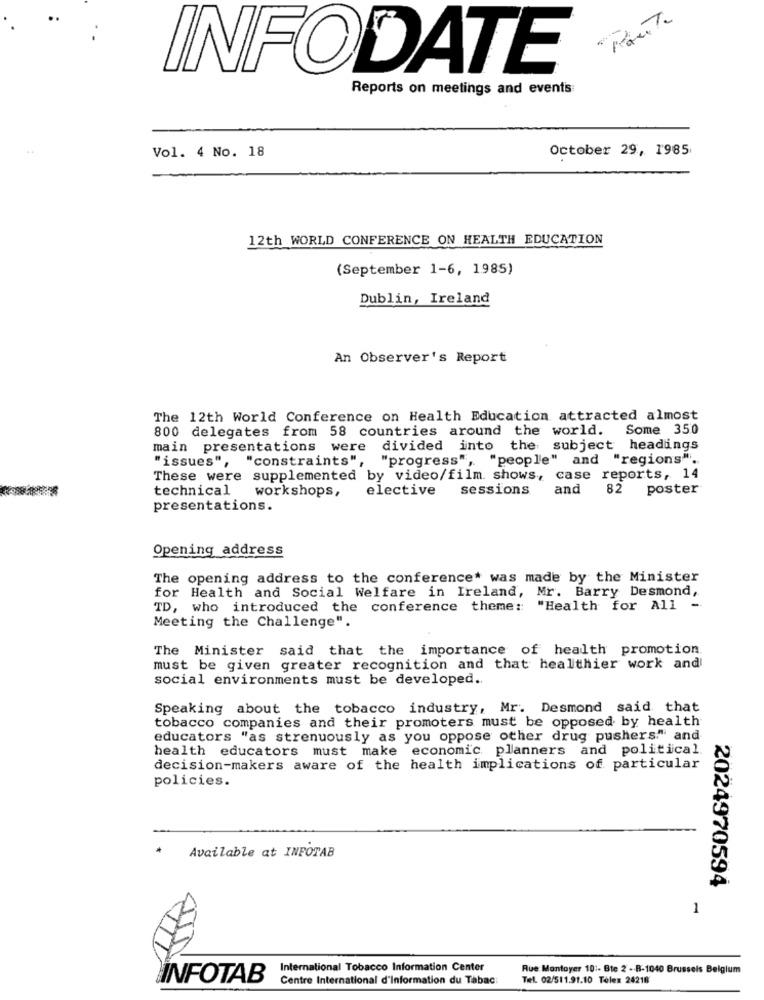
INFODATE
Reports on meetings and events
Vol. 4 No. 18
October 29, 1985
12th WORLD CONFERENCE ON HEALTH EDUCATION
(September 1-6, 1985)
Dublin, Ireland
An Observer's Report
The 12th World Conference on Health Education attracted almost
800 delegates from 58 countries around the world. Some 350
main presentations were divided into
the subject headings
"issues", "constraints", "progress", "people" and "regions".
These were supplemented by video/film. shows, case reports, 14
elective
sessions
and
82 poster
technical workshops,
presentations.
Opening address
The opening address to the conference* was made by the Minister
for Health and Social Welfare in Ireland, Mr. Barry Desmond,
TD, who introduced the conference theme: "Health for All -
Meeting the Challenge".
The Minister said that the importance of health promotion
must be given greater recognition and that healthier work and
social environments must be developed ..
Speaking about the tobacco industry, Mr. Desmond said that
tobacco companies and their promoters must be opposed by health
educators "as strenuously as you oppose other drug pushers." and
health educators must make economic planners and political.
decision-makers aware of the health implications of particular
policies.
Available at INFOTAB
2024970594
1
International Tobacco Information Center
Rue Montoyer 10 :- Bte 2 -B-1040 Brussels Belgium
INFOTAB
Centre International d'information du Tabac
Tel. 02/511.91.10 Telex 24218